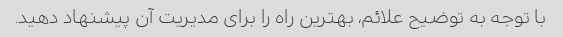
با توجه به توضیح علائم، بهترین راه را برای مدیریت آن پیشنهاد دهید.